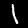
Label: 1